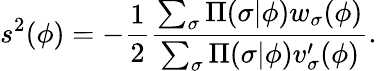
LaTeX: s^{2}(\phi)=-\frac{1}{2}\frac{\sum_{\sigma}\Pi(\sigma|\phi)w_{\sigma}(\phi)}{\sum_{\sigma}\Pi(\sigma|\phi)v_{\sigma}^{\prime}(\phi)}.